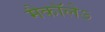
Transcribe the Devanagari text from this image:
मैकाॅलेऽ